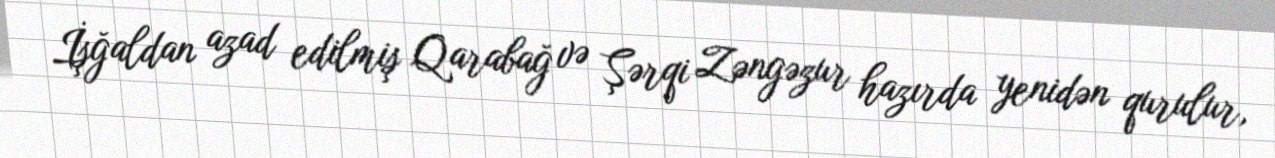
İşğaldan azad edilmiş Qarabağ və Şərqi Zəngəzur hazırda yenidən qurulur,